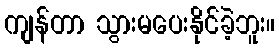
ကျန်တာ သွားမပေးနိုင်ခဲ့ဘူး။